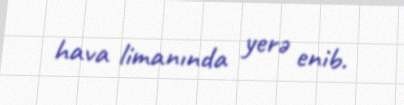
hava limanında yerə enib.